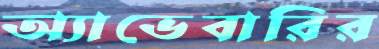
অ্যাভেবারির